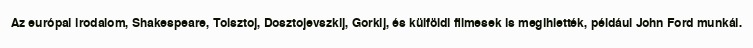
Az európai irodalom, Shakespeare, Tolsztoj, Dosztojevszkij, Gorkij, és külföldi filmesek is megihlették, például John Ford munkái.